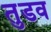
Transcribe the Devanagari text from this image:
तुडव